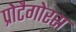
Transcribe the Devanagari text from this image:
प्रोटैगोरस